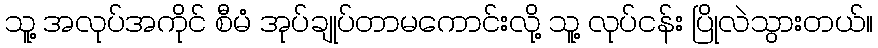
သူ့ အလုပ်အကိုင် စီမံ အုပ်ချုပ်တာမကောင်းလို့ သူ့ လုပ်ငန်း ပြိုလဲသွားတယ်။